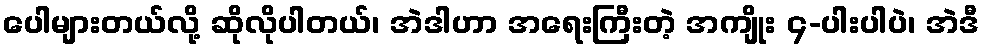
ပေါများတယ်လို့ ဆိုလိုပါတယ်၊ အဲဒါဟာ အရေးကြီးတဲ့ အကျိုး ၄-ပါးပါပဲ၊ အဲဒီ